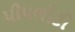
પીપળોટી